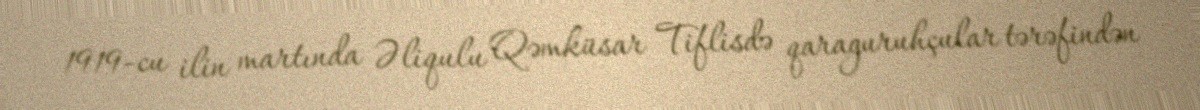
1919-cu ilin martında Əliqulu Qəmküsar Tiflisdə qaraguruhçular tərəfindən